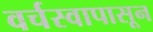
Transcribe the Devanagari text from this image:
वर्चस्वापासून